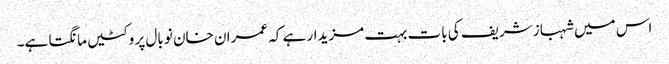
اس میں شہباز شریف کی بات بہت مزیدار ہے کہ عمران خان نو بال پر وکٹیں مانگتا ہے۔